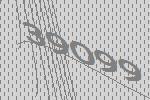
39099